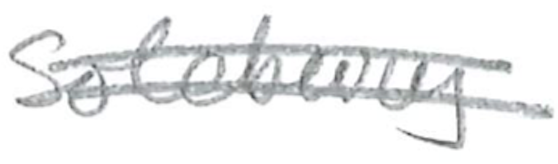
Text: Solebury
Cross-out: double-line
Writing tool: pencil